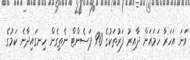
ވަނަ އަހަރާ ހަމައަށް ދާއިރު ފަރުތަކުގެ 90 ޕަސެންޓް ނެތިގެން ހިނގައިދާނެ ކަމުގެ